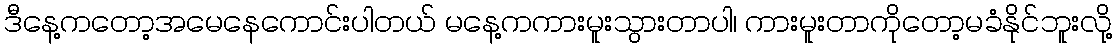
ဒီနေ့ကတော့အမေနေကောင်းပါတယ် မနေ့ကကားမူးသွားတာပါ၊ ကားမူးတာကိုတော့မခံနိုင်ဘူးလို့